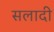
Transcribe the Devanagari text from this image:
सलादी